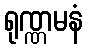
ရုဏ္ဏမနံ